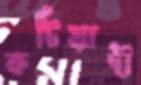
কটিয়াদী